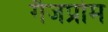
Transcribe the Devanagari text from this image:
गैजप्रोम